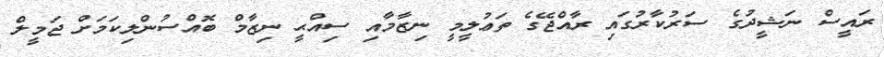
ރައީސް ނަޝީދުގެ ސަރުކާރުގައި ރާއްޖޭގެ ތަޢުލީމީ ނިޒާމާއި ސިއްޙީ ނިޒާމް ބޮއްސުންލިކަމަށް ޖަމީލް